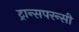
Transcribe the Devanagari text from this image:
ट्रान्सपरन्सी